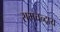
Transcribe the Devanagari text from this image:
रामचन्द्राय